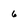
Character: 6